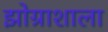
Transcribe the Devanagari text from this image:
झोग्राशाला